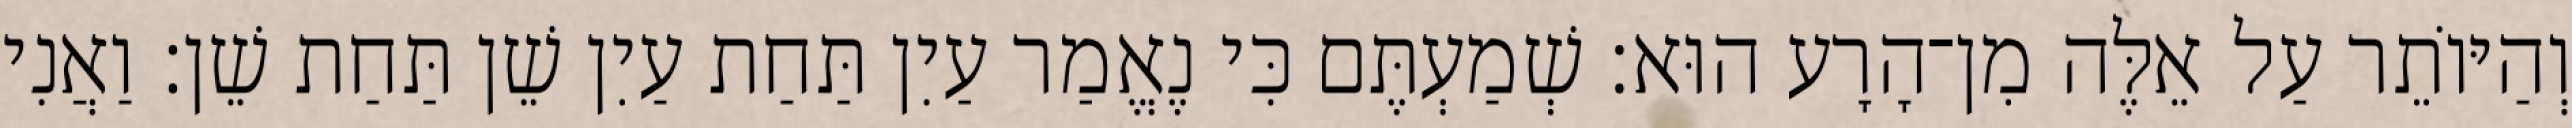
וְהַיּוֹתֵר עַל אֵלֶּה מִן־הָרָע הוּא׃ שְׁמַעְתֶּם כִּי נֶאֱמַר עַיִן תַּחַת עַיִן שֵׁן תַּחַת שֵׁן׃ וַאֲנִי